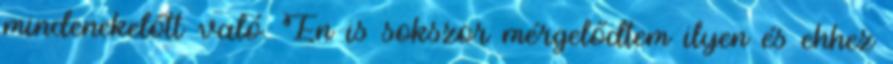
mindenekelőtt való. Én is sokszor mérgelődtem ilyen és ehhez